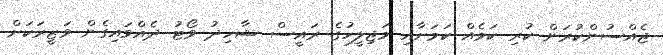
ޖެއްސުންކުރަން ކުރި ކަމެއް ކަމަށާއި މަޖިލީހުގެ ރައީސް ޝާހިދު ވޯޓު ދެއްވައިގެން ވަޒީރަކަށް